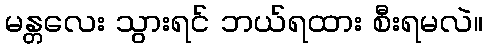
မန္တလေး သွားရင် ဘယ်ရထား စီးရမလဲ။